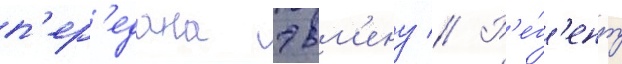
п'ер'едана эвм'ену // Р'е́г'ент